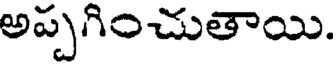
అప్పగించుతాయి.